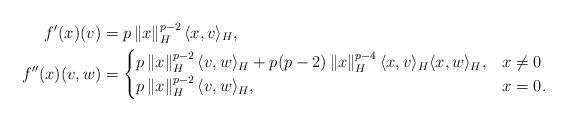
LaTeX: \begin{align*}f'(x)(v)&=p\left \| x \right \|_H^{p-2}\langle x, v \rangle_H, \\f''(x)(v,w)&= \begin{cases}p\left \| x \right \|_H^{p-2}\langle v, w \rangle_H+p(p-2)\left\| x \right\|_H^{p-4}\langle x, v \rangle_H\langle x, w \rangle_H,& x\neq 0 \\p\left \| x \right \|_H^{p-2}\langle v, w \rangle_H,& x = 0.\end{cases}\end{align*}